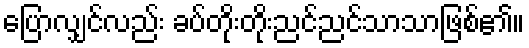
ပြောလျှင်လည်း ခပ်တိုးတိုးညင်ညင်သာသာဖြစ်၏။